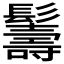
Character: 𩯦